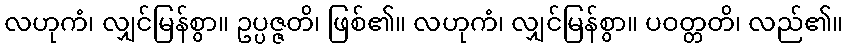
လဟုကံ၊ လျှင်မြန်စွာ။ ဥပ္ပဇ္ဇတိ၊ ဖြစ်၏။ လဟုကံ၊ လျှင်မြန်စွာ။ ပဝတ္တတိ၊ လည်၏။